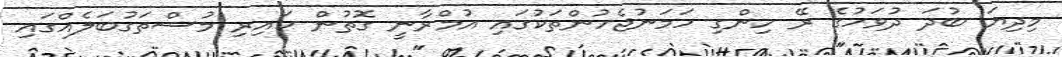
މިދިޔަ ބުދަ ދުވަހުގެ ރޭ ހިންގި ހަމަނުޖެހުންތަކުގައި އުމްރާނީ ގޮތުން ކައިރި މުސްތަގުބަލެއްގައި